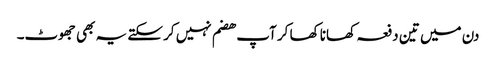
دن میں تین دفعہ کھانا کھا کر آپ ھضم نہیں کر سکتے یہ بھی جھوٹ۔